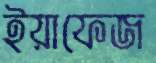
ইয়াফেজ